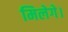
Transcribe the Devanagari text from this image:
मिलेगे।